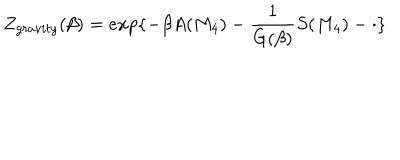
Z _ { g r a v i t y } ( \beta ) = e x p \{ - \beta A ( M _ { 4 } ) - \frac { 1 } { G ( \beta ) } S ( M _ { 4 } ) - \cdot \}